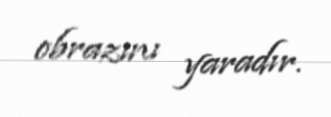
obrazını yaradır.